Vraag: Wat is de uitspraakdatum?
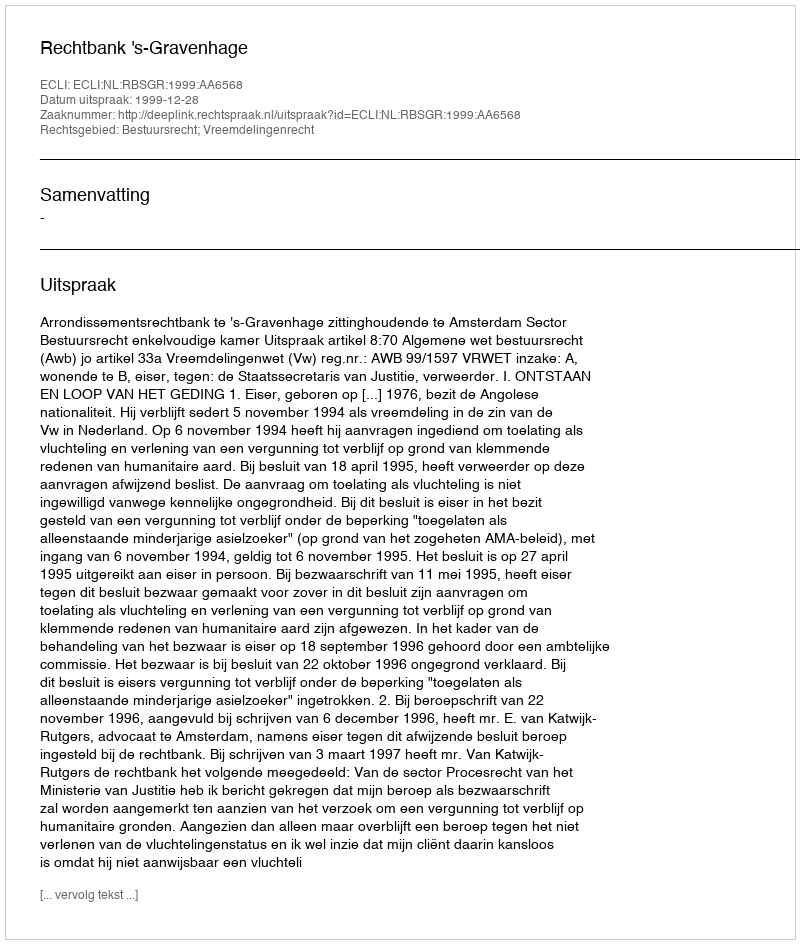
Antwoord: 1999-12-28